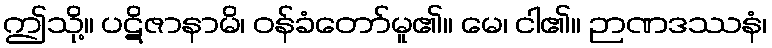
ဤသို့။ ပဋိဇာနာမိ၊ ဝန်ခံတော်မူ၏။ မေ၊ ငါ၏။ ဉာဏဒဿနံ၊